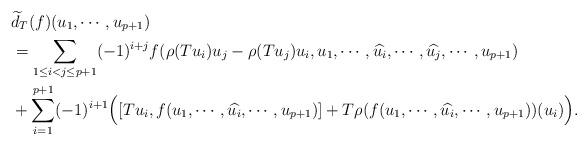
LaTeX: \begin{align*}&\widetilde{d}_T(f)(u_1,\cdots,u_{p+1})\\&=\sum_{1\leq i < j \leq p+1}(-1)^{i+j}f(\rho(Tu_i)u_j-\rho(Tu_j)u_i,u_1,\cdots,\widehat{u_i},\cdots,\widehat{u_j},\cdots,u_{p+1})\\&+\sum_{i=1}^{p+1}(-1)^{i+1}\Big([Tu_i,f(u_1,\cdots,\widehat{u_i},\cdots,u_{p+1})]+T\rho(f(u_1,\cdots,\widehat{u_i},\cdots,u_{p+1}))(u_i) \Big).\end{align*}